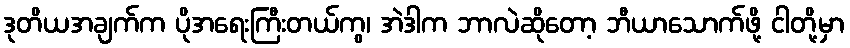
ဒုတိယအချက်က ပိုအရေးကြီးတယ်ကွ၊ အဲဒါက ဘာလဲဆိုတော့ ဘီယာသောက်ဖို့ ငါတို့မှာ